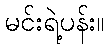
မင်းရဲ့ပန်း။